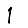
Digit: 1